Indian Medical Review
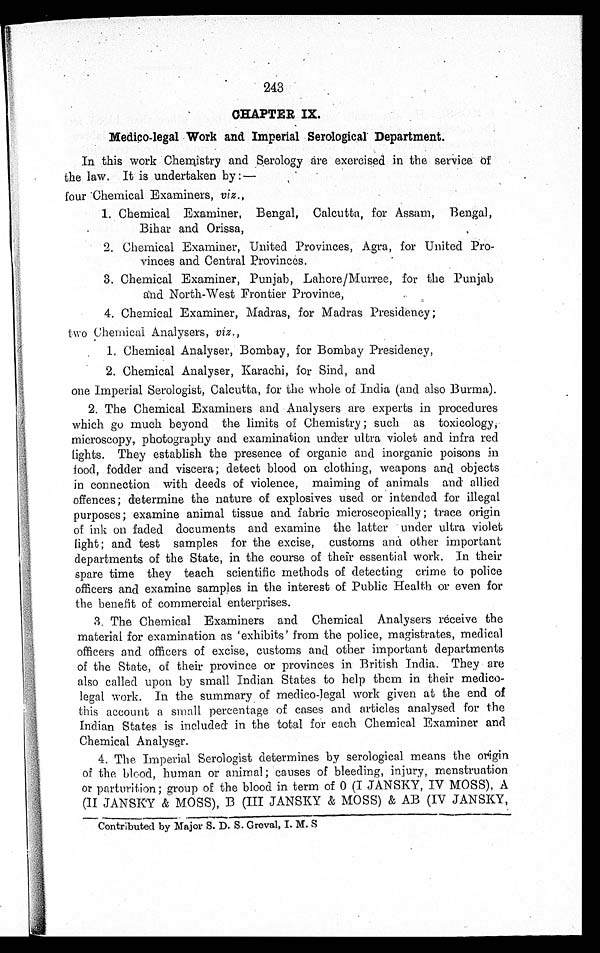
243
CHAPTER IX.
Medico-legal Work and Imperial Serological Department.
In this work Chemistry and Serology are exercised in the service of
the law. It is undertaken by:—
four Chemical Examiners, viz.,
1. Chemical Examiner, Bengal, Calcutta, for Assam, Bengal,
Bihar and Orissa,
2. Chemical Examiner, United Provinces, Agra, for United Pro-
vinces and Central Provinces.
3. Chemical Examiner, Punjab, Lahore/Murree, for the Punjab
and North-West Frontier Province,
4. Chemical Examiner, Madras, for Madras Presidency;
two Chemical Analysers, viz.,
1. Chemical Analyser, Bombay, for Bombay Presidency,
2. Chemical Analyser, Karachi, for Sind, and
one Imperial Serologist, Calcutta, for the whole of India (and also Burma).
2. The Chemical Examiners and Analysers are experts in procedures
which go much beyond the limits of Chemistry; such as toxicology,
microscopy, photography and examination under ultra violet and infra red
lights. They establish the presence of organic and inorganic poisons in
food, fodder and viscera; detect blood on clothing, weapons and objects
in connection with deeds of violence, maiming of animals and allied
offences; determine the nature of explosives used or intended for illegal
purposes; examine animal tissue and fabric microscopically; trace origin
of ink on faded documents and examine the latter under ultra violet
light; and test samples for the excise, customs and other important
departments of the State, in the course of their essential work. In their
spare time they teach scientific methods of detecting crime to police
officers and examine samples in the interest of Public Health or even for
the benefit of commercial enterprises.
3. The Chemical Examiners and Chemical Analysers receive the
material for examination as 'exhibits' from the police, magistrates, medical
officers and officers of excise, customs and other important departments
of the State, of their province or provinces in British India. They are
also called upon by small Indian States to help them in their medico-
legal work. In the summary of medico-legal work given at the end of
this account a small percentage of cases and articles analysed for the
Indian States is included in the total for each Chemical Examiner and
Chemical Analyser.
4. The Imperial Serologist determines by serological means the origin
of the blood, human or animal ; causes of bleeding, injury, menstruation
or parturition; group of the blood in term of 0 (I JANSKY, IV MOSS), A
(II JANSKY & MOSS), B (III JANSKY & MOSS) & AB (IV JANSKY,
Contributed by Major S. D. S. Greval, I. M. S